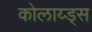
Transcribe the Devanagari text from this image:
कोलाय्ड्स